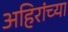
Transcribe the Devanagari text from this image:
अहिरांच्या